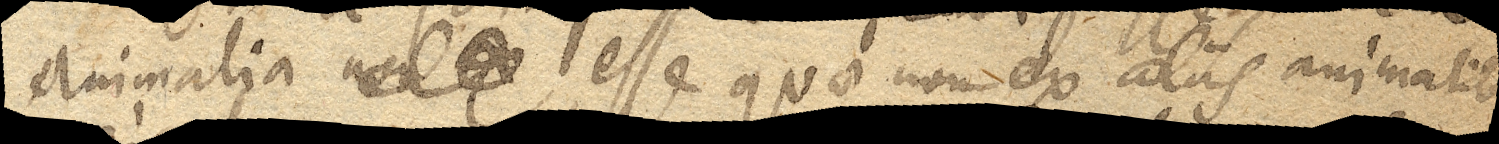
animalia non ex esse quae non ex aliis animalibus